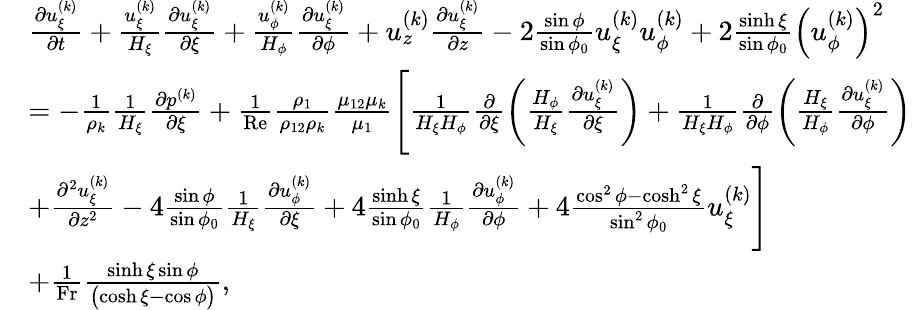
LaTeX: \begin{array}{r}{\begin{array}{rl}&{\frac{\partial u_{\xi}^{(k)}}{\partial t}+\frac{u_{\xi}^{(k)}}{H_{\xi}}\frac{\partial u_{\xi}^{(k)}}{\partial\xi}+\frac{u_{\phi}^{(k)}}{H_{\phi}}\frac{\partial u_{\xi}^{(k)}}{\partial\phi}+u_{z}^{(k)}\frac{\partial u_{\xi}^{(k)}}{\partial z}-2\frac{\sin\phi}{\sin\phi_{0}}u_{\xi}^{(k)}u_{\phi}^{(k)}+2\frac{\sinh\xi}{\sin\phi_{0}}\left(u_{\phi}^{(k)}\right)^{2}}\\ &{=-\frac{1}{\rho_{k}}\frac{1}{H_{\xi}}\frac{\partial p^{(k)}}{\partial\xi}+\frac{1}{\mathrm{Re}}\frac{\rho_{1}}{\rho_{12}\rho_{k}}\frac{\mu_{12}\mu_{k}}{\mu_{1}}\Biggl[\frac{1}{H_{\xi}H_{\phi}}\frac{\partial}{\partial\xi}\biggl(\frac{H_{\phi}}{H_{\xi}}\frac{\partial u_{\xi}^{(k)}}{\partial\xi}\biggr)+\frac{1}{H_{\xi}H_{\phi}}\frac{\partial}{\partial\phi}\biggl(\frac{H_{\xi}}{H_{\phi}}\frac{\partial u_{\xi}^{(k)}}{\partial\phi}\biggr)}\\ &{+\frac{\partial^{2}u_{\xi}^{(k)}}{\partial z^{2}}-4\frac{\sin\phi}{\sin\phi_{0}}\frac{1}{H_{\xi}}\frac{\partial u_{\phi}^{(k)}}{\partial\xi}+4\frac{\sinh\xi}{\sin\phi_{0}}\frac{1}{H_{\phi}}\frac{\partial u_{\phi}^{(k)}}{\partial\phi}+4\frac{\cos^{2}\phi-\cosh^{2}\xi}{\sin^{2}\phi_{0}}u_{\xi}^{(k)}\Biggr]}\\ &{+\frac{1}{\mathrm{Fr}}\frac{\sinh\xi\sin\phi}{\bigl(\cosh\xi-\cos\phi\bigr)},}\end{array}}\end{array}